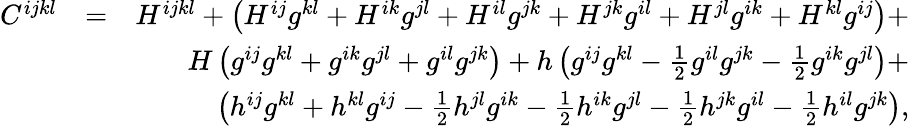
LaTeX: \begin{array}{rlr}{C^{ijkl}}&{=}&{H^{ijkl}+\left(H^{ij}g^{kl}+H^{ik}g^{jl}+H^{il}g^{jk}+H^{jk}g^{il}+H^{jl}g^{ik}+H^{kl}g^{ij}\right)+}\\ &{}&{H\left(g^{ij}g^{kl}+g^{ik}g^{jl}+g^{il}g^{jk}\right)+h\left(g^{ij}g^{kl}-\frac 12g^{il}g^{jk}-\frac 12g^{ik}g^{jl}\right)+}\\ &{}&{\left(h^{ij}g^{kl}+h^{kl}g^{ij}-\frac 12h^{jl}g^{ik}-\frac 12h^{ik}g^{jl}-\frac 12h^{jk}g^{il}-\frac 12h^{il}g^{jk}\right),}\end{array}